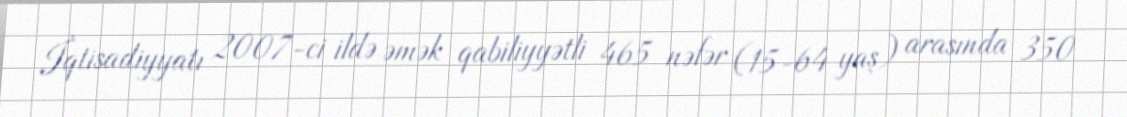
İqtisadiyyatı 2007-ci ildə əmək qabiliyyətli 465 nəfər (15-64 yaş) arasında 350